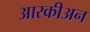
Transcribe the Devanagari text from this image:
आरकीअन